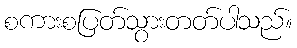
စကားစပြတ်သွားတတ်ပါသည်။